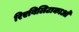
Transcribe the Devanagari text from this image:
रिएबिलिटाकाओ